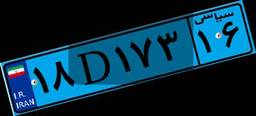
۷۶D۳۴۸۴۷